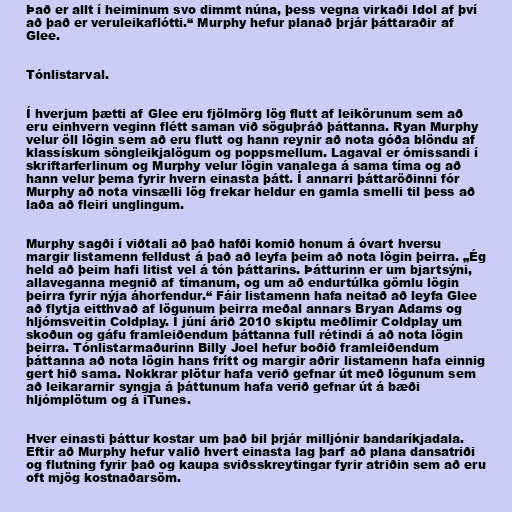
Það er allt í heiminum svo dimmt núna, þess vegna virkaði Idol af því
að það er veruleikaflótti.“ Murphy hefur planað þrjár þáttaraðir af
Glee.

Tónlistarval.

Í hverjum þætti af Glee eru fjölmörg lög flutt af leikörunum sem að
eru einhvern veginn flétt saman við söguþráð þáttanna. Ryan Murphy
velur öll lögin sem að eru flutt og hann reynir að nota góða blöndu af
klassískum söngleikjalögum og poppsmellum. Lagaval er ómissandi í
skriftarferlinum og Murphy velur lögin vanalega á sama tíma og að
hann velur þema fyrir hvern einasta þátt. Í annarri þáttaröðinni fór
Murphy að nota vinsælli lög frekar heldur en gamla smelli til þess að
laða að fleiri unglingum.

Murphy sagði í viðtali að það hafði komið honum á óvart hversu
margir listamenn felldust á það að leyfa þeim að nota lögin þeirra. „Ég
held að þeim hafi litist vel á tón þáttarins. Þátturinn er um bjartsýni,
allaveganna megnið af tímanum, og um að endurtúlka gömlu lögin
þeirra fyrir nýja áhorfendur.“ Fáir listamenn hafa neitað að leyfa Glee
að flytja eitthvað af lögunum þeirra meðal annars Bryan Adams og
hljómsveitin Coldplay. Í júní árið 2010 skiptu meðlimir Coldplay um
skoðun og gáfu framleiðendum þáttanna full rétindi á að nota lögin
þeirra. Tónlistarmaðurinn Billy Joel hefur boðið framleiðendum
þáttanna að nota lögin hans frítt og margir aðrir listamenn hafa einnig
gert hið sama. Nokkrar plötur hafa verið gefnar út með lögunum sem
að leikararnir syngja á þáttunum hafa verið gefnar út á bæði
hljómplötum og á iTunes.

Hver einasti þáttur kostar um það bil þrjár milljónir bandaríkjadala.
Eftir að Murphy hefur valið hvert einasta lag þarf að plana dansatriði
og flutning fyrir það og kaupa sviðsskreytingar fyrir atriðin sem að eru
oft mjög kostnaðarsöm.